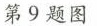
第9题图